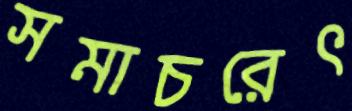
সমাচরেৎ